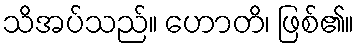
သိအပ်သည်။ ဟောတိ၊ ဖြစ်၏။